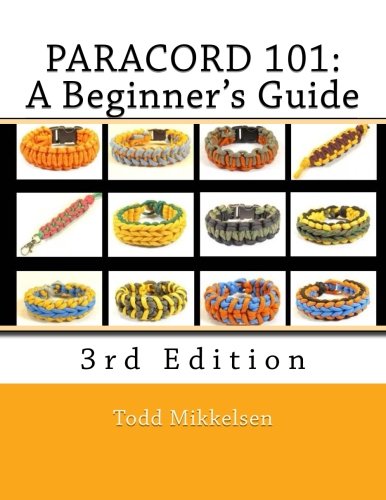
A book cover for Paracord 101: A Beginner's Guide, 3rd Edition; Mr. Todd Mikkelsen; Crafts, Hobbies & Home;